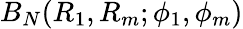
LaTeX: B_{N}(R_{1},R_{m};\phi_{1},\phi_{m})